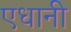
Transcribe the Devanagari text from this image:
एधानी